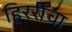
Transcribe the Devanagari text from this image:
हिररीचा